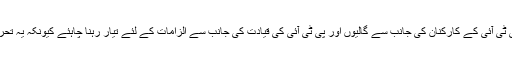
خیر اب عائشہ گلالئی کو پی ٹی آئی کے کارکنان کی جانب سے گالیوں اور پی ٹی آئی کی قیادت کی جانب سے الزامات کے لئے تیار رہنا چاہئے کیونکہ یہ تحریک انصاف کی روایت ہے۔